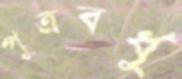
পূত্রবধু